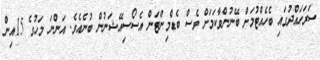
ސަރަހައްދުގައި ބެހެއްޓުމަށް ބޭނުންވާކަމަށް ވެސް ބެޑްމިންޓަން އެސޯސިއޭޝަނުން ބުނެއެވެ. އަންނަ މަހުގެ 15އިން